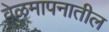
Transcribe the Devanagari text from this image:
वेळमापनातील